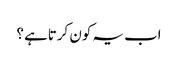
اب یہ کون کرتاہے ؟